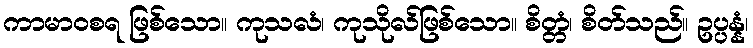
ကာမာဝစရ ဖြစ်သော။ ကုသလံ၊ ကုသိုလ်ဖြစ်သော။ စိတ္တံ၊ စိတ်သည်။ ဥပ္ပန္နံ၊